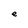
Character: e